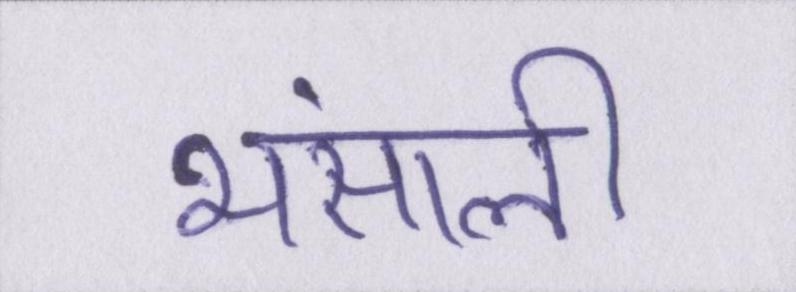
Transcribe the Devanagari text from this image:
भंसाली